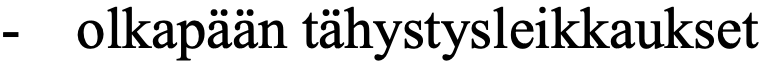
-  olkapään tähystysleikkaukset